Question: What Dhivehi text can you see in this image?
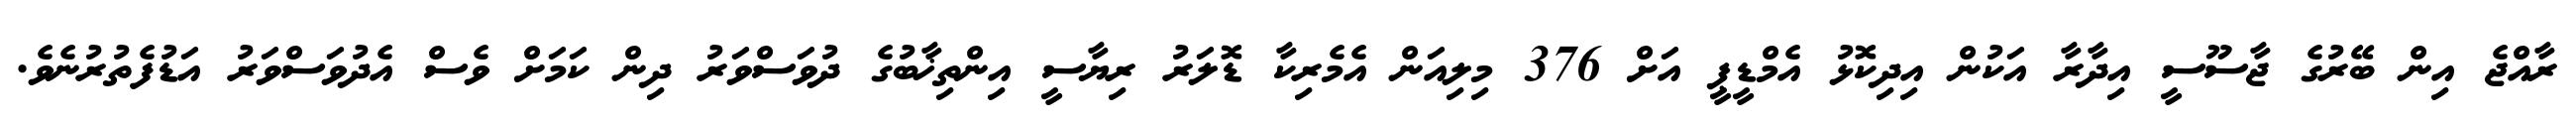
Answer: ރާއްޖެ އިން ބޭރުގެ ޖާސޫސީ އިދާރާ އަކުން އިދިކޮޅު އެމްޑީޕީ އަށް 376 މިލިއަން އެމެރިކާ ޑޮލަރު ރިޔާސީ އިންތިޚާބުގެ ދުވަސްވަރު ދިން ކަމަށް ވެސް އެދުވަސްވަރު އަޑުފެތުރުނެވެ.